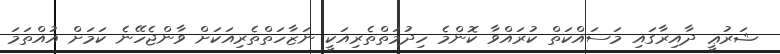
ޝަރުޢީ ދާއިރާގައި މަސައްކަތް ކުރައްވާ ކޮންމެ ހިދުމަތްތެރިއަކީ ނަޒާހަތްތެރިއަކަށް ވާންޖެހޭނެ ކަމަށް އުއްތަމަ